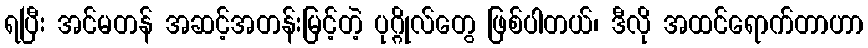
ရပြီး အင်မတန် အဆင့်အတန်းမြင့်တဲ့ ပုဂ္ဂိုလ်တွေ ဖြစ်ပါတယ်၊ ဒီလို အထင်ရောက်တာဟာ